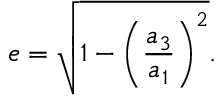
e = \sqrt { 1 - \left( \frac { a _ { 3 } } { a _ { 1 } } \right) ^ { 2 } } .